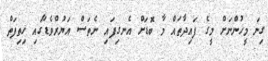
ގިނަ މީހުންނަށް މީގެ ފައިދާތައް މާ ބޮޑަށް އެނގިފައި ނެތަސް އަޔުރްވެޑާގައި ހިތިފަތް